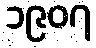
၁၉၀၇